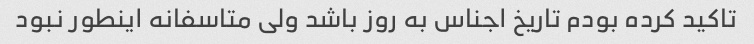
تاکید کرده بودم تاریخ اجناس به روز باشد ولی متاسفانه اینطور نبود